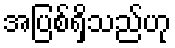
အပြစ်ရှိသည်ဟု